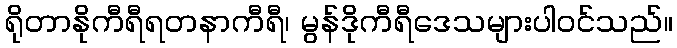
ရိုတာနိုကီရီရတနာကီရီ၊ မွန်ဒိုကီရီဒေသများပါဝင်သည်။